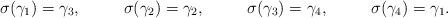
LaTeX: \begin{align*}\sigma(\gamma_1) &= \gamma_3,&\sigma(\gamma_2) &= \gamma_2,&\sigma(\gamma_3) &= \gamma_4,&\sigma(\gamma_4) &= \gamma_1.\end{align*}